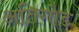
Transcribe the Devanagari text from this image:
अतिगोड